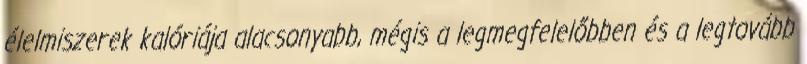
élelmiszerek kalóriája alacsonyabb, mégis a legmegfelelőbben és a legtovább